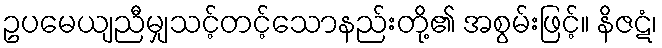
ဥပမေယျညီမျှသင့်တင့်သောနည်းတို့၏ အစွမ်းဖြင့်။ နိဇဋံ၊